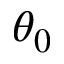
\theta _ { 0 }